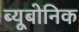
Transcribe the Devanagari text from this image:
ब्यूबोनिक